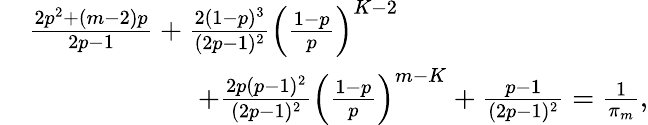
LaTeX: \begin{array}{rl}&{\frac{2p^{2}+(m-2)p}{2p-1}+\frac{2(1-p)^{3}}{(2p-1)^{2}}\left(\frac{1-p}{p}\right)^{K-2}}\\ &{\qquad\qquad\qquad+\frac{2p(p-1)^{2}}{(2p-1)^{2}}\left(\frac{1-p}{p}\right)^{m-K}+\frac{p-1}{(2p-1)^{2}}=\frac{1}{\pi_{m}},}\end{array}